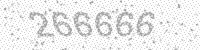
Solution: 266666